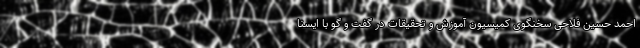
احمد حسین فلاحی سخنگوی کمیسیون آموزش و تحقیقات در گفت و گو با ایسنا